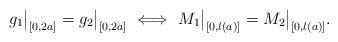
LaTeX: \begin{align*}g_1\big|_{[0,2a]}=g_2\big|_{[0,2a]}\ \Longleftrightarrow\ M_1\big|_{[0,l(a)]}= M_2\big|_{[0,l(a)]}.\end{align*}